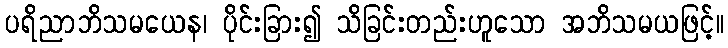
ပရိညာဘိသမယေန၊ ပိုင်းခြား၍ သိခြင်းတည်းဟူသော အဘိသမယဖြင့်။